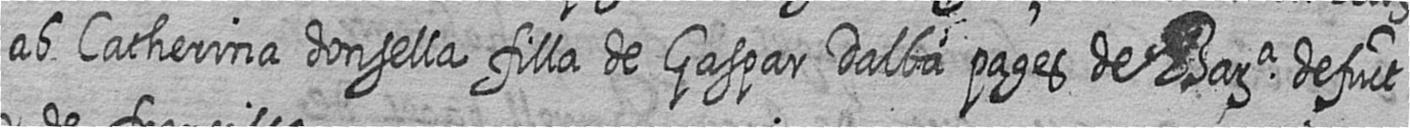
ab Catherina donsella filla de Gaspar Dalba pages de Bara defuct